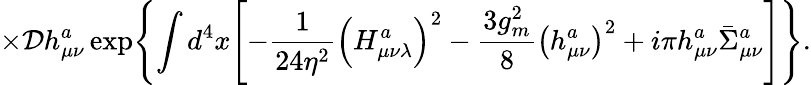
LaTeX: \times{\cal D}h_{\mu\nu}^{a}\exp\Biggl\{ \int d^{4}x\Biggl[-\frac{1}{24\eta^{2}}\left(H_{\mu\nu\lambda}^{a}\right)^{2}-\frac{3g_{m}^{2}}{8}\left(h_{\mu\nu}^{a}\right)^{2}+i\pi h_{\mu\nu}^{a}\bar{\Sigma}_{\mu\nu}^{a}\Biggr]\Biggr\} .